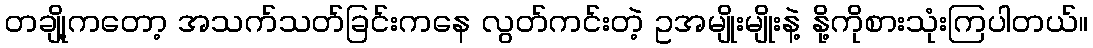
တချို့ကတော့ အသက်သတ်ခြင်းကနေ လွတ်ကင်းတဲ့ ဥအမျိုးမျိုးနဲ့ နို့ကိုစားသုံးကြပါတယ်။